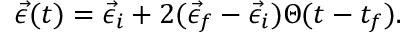
\vec { \epsilon } ( t ) = \vec { \epsilon } _ { i } + 2 ( \vec { \epsilon } _ { f } - \vec { \epsilon } _ { i } ) \Theta ( t - t _ { f } ) .